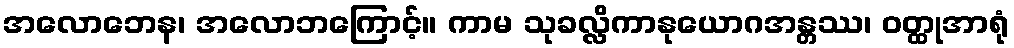
အလောဘေန၊ အလောဘကြောင့်။ ကာမ သုခလ္လိကာနုယောဂအန္တဿ၊ ဝတ္ထုအာရုံ